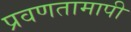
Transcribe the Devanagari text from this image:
प्रवणतामापी